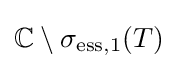
\mathbb {C} \setminus \sigma _{\mathrm {ess} ,1}(T)